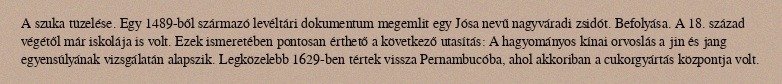
A szuka tüzelése. Egy 1489-ből származó levéltári dokumentum megemlit egy Jósa nevű nagyváradi zsidót. Befolyása. A 18. század végétől már iskolája is volt. Ezek ismeretében pontosan érthető a következő utasítás: A hagyományos kínai orvoslás a jin és jang egyensúlyának vizsgálatán alapszik. Legközelebb 1629-ben tértek vissza Pernambucóba, ahol akkoriban a cukorgyártás központja volt.